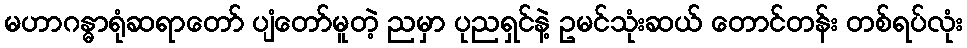
မဟာဂန္ဓာရုံဆရာတော် ပျံတော်မူတဲ့ ညမှာ ပုညရှင်နဲ့ ဥမင်သုံးဆယ် တောင်တန်း တစ်ရပ်လုံး